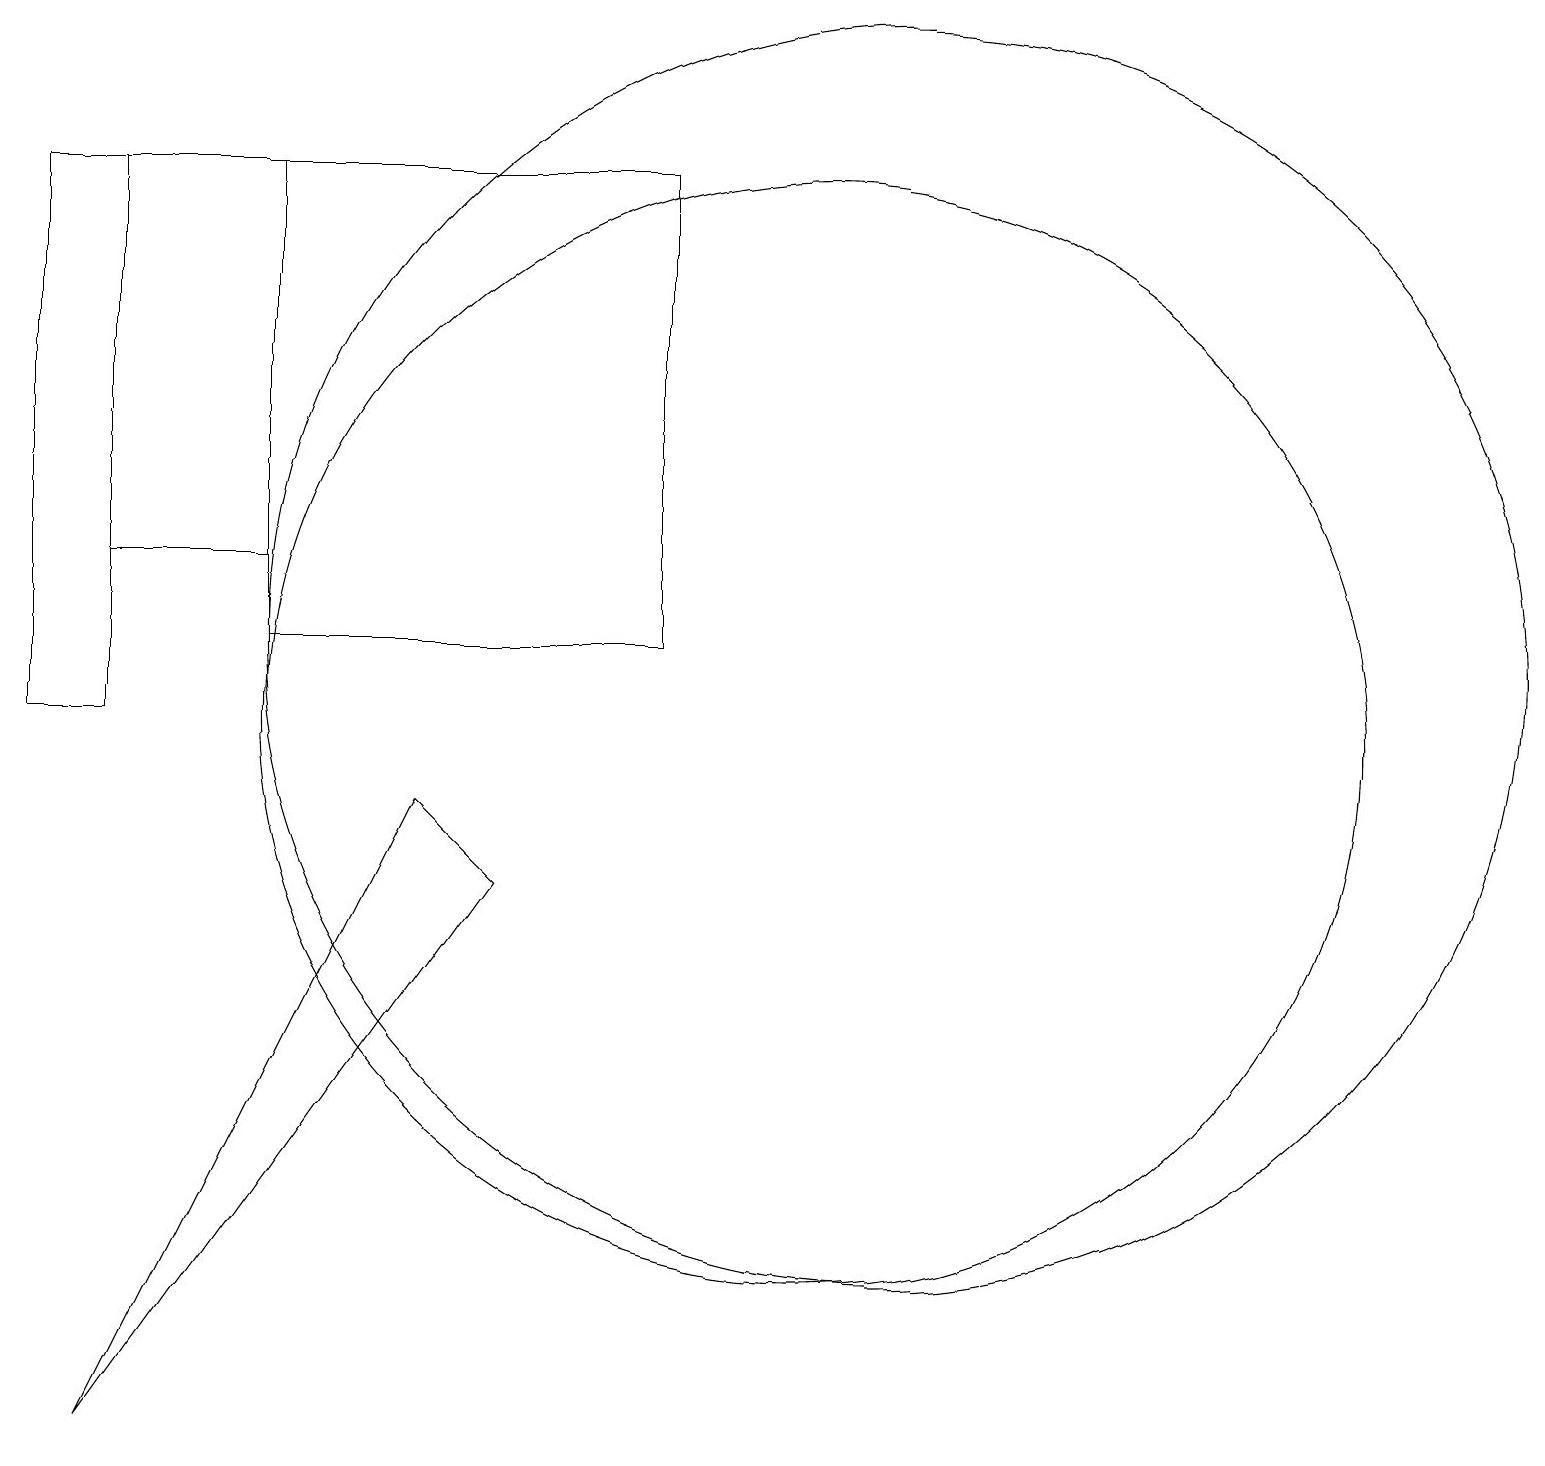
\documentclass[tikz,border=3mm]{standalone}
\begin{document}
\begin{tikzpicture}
\draw (11,10) circle (7);
\draw (2,1) -- (7,8) -- (6,9) -- cycle;
\draw (4,17) rectangle (2,12);
\draw (12,11) circle (8);
\draw (1,17) rectangle (2,10);
\draw (9,17) rectangle (4,11);
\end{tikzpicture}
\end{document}